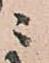
ニ